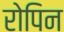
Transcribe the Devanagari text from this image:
रोपिन